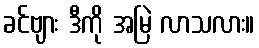
ခင်ဗျား ဒီကို အမြဲ လာသလား။